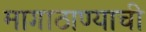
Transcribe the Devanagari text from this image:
मागाठाण्याची